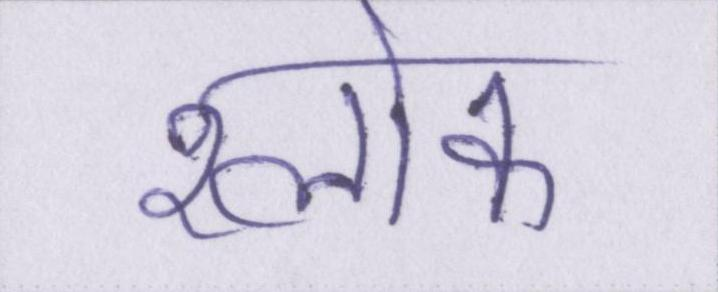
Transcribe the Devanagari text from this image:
श्लोक